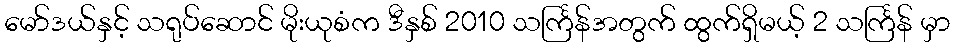
မော်ဒယ်နှင့် သရုပ်ဆောင် မိုးယုစံက ဒီနှစ် 2010 သင်္ကြန်အတွက် ထွက်ရှိမယ့် 2 သင်္ကြန် မှာ